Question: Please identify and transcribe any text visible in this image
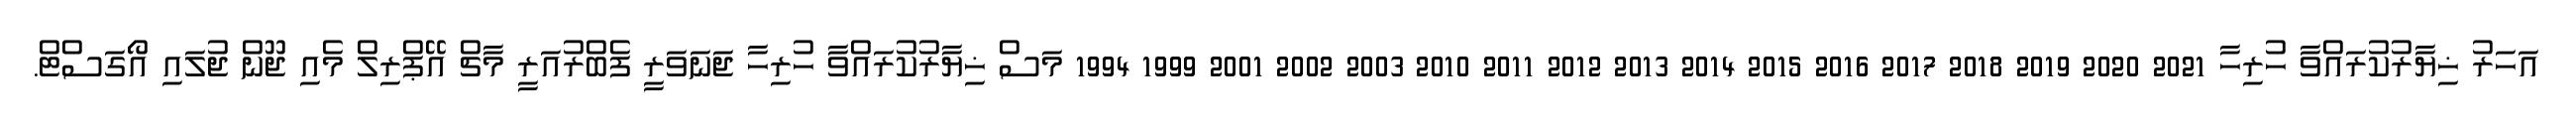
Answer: އަހަރު ޚިޔާރުކުރައްވާ ހުރިހާ 2021 2020 2019 2018 2017 2016 2015 2014 2013 2012 2011 2010 2003 2002 2001 1999 1994 މަސް ޚިޔާރުކުރައްވާ ހުރިހާ ޖަނަވަރީ ފެބްރުއަރީ މާޗް އޭޕްރިލް މެއި ޖޫން ޖުލައި އޯގަސްޓް.